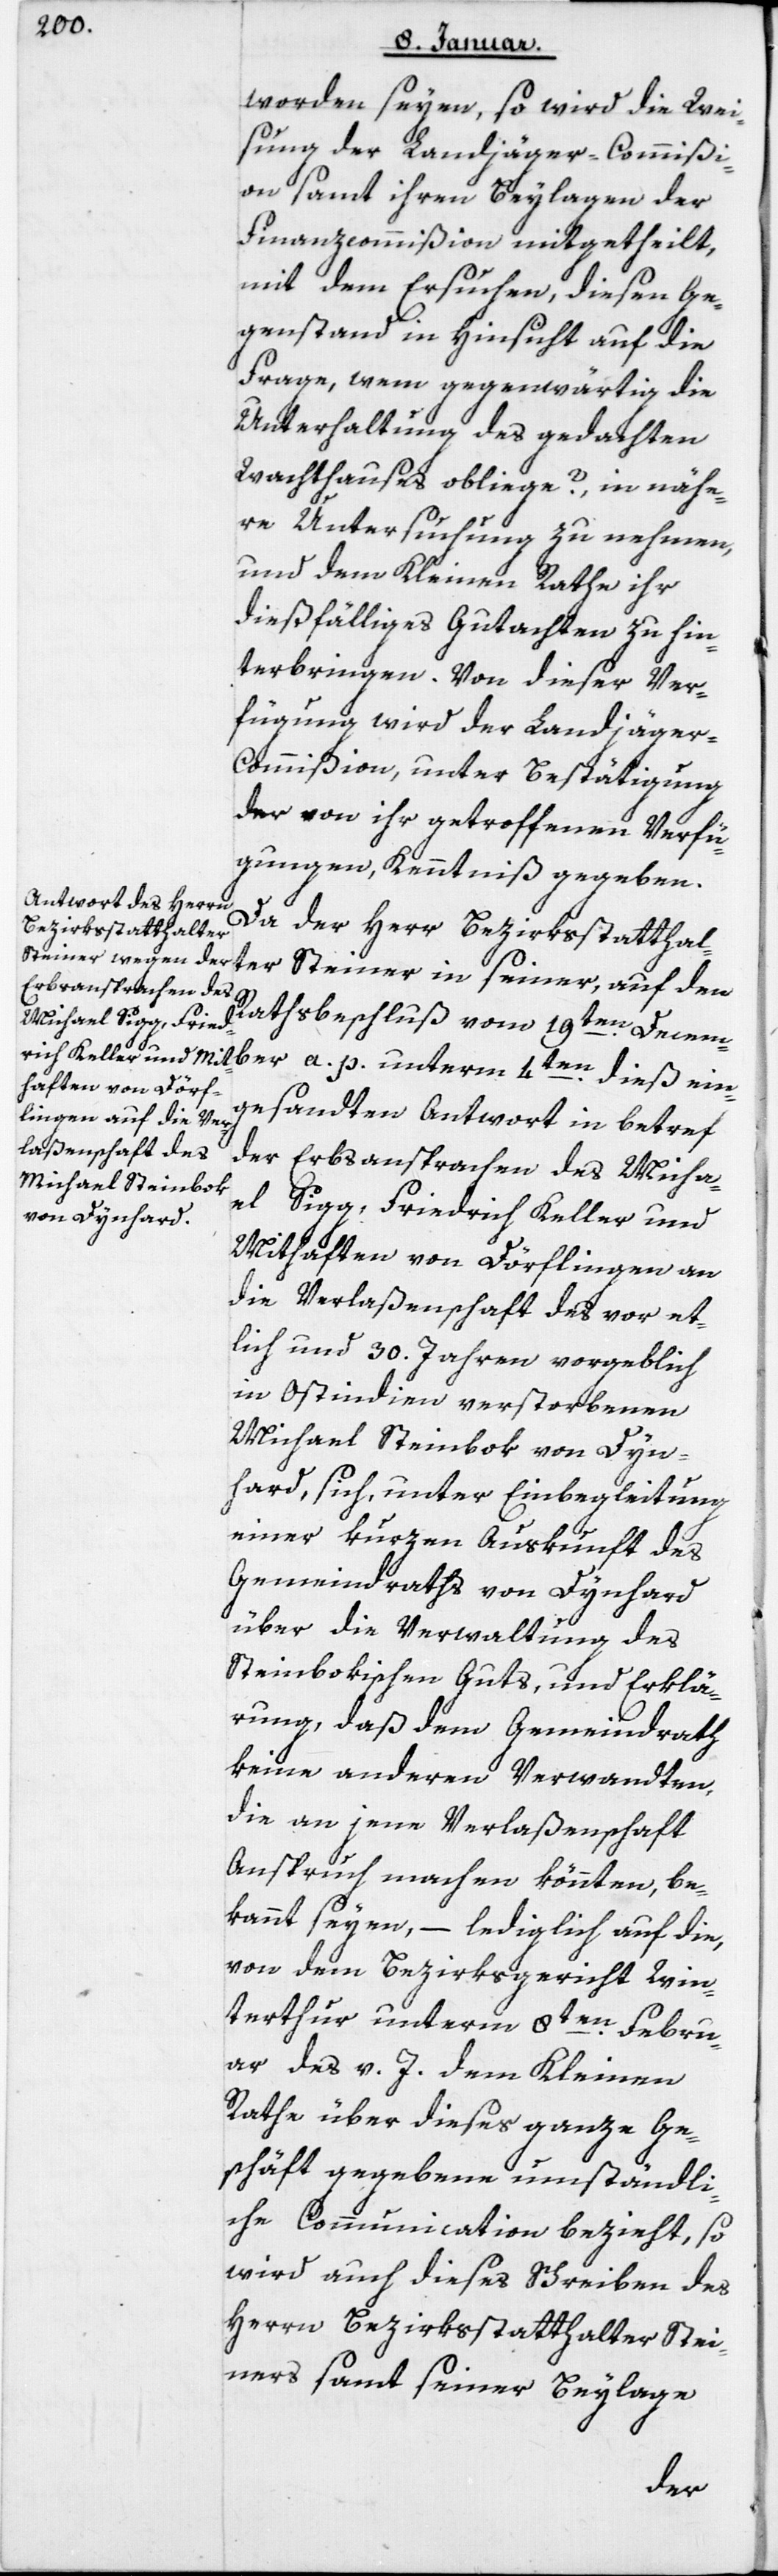
worden seyen, so wird die Wei¬
sung der Landjäger-Commißi¬
on samt ihren Beylagen der
Finanzcommißion mitgetheilt,
mit dem Ersuchen, diesen Ge¬
genstand in Hinsicht auf die
Frage, wem gegenwärtig die
Unterhaltung des gedachten
Wachthauses obliege?, in nähe¬
re Untersuchung zu nehmen,
und dem Kleinen Rathe ihr
desfälliges Gutachten zu hin¬
terbringen. Von dieser Ver¬
fügung wird der Landjäge¬
r-Commißion, unter Bestätigung
der von ihr getroffenen Verfü¬
gungen, Kenntniß gegeben.
Da der Herr Bezirksstatthal¬
ter Steiner in seiner, auf den
Rathsbeschluß vom 19ten Decem¬
ber a. p. unterm 4ten dieß ein¬
gesandten Antwort in Betreff
der Erbsansprachen des Micha¬
el Sigg, Friedrich Keller und
Mithaften von Dörflingen, an
die Verlaßenschaft des vor et¬
lich und 30 Jahren vorgeblich
in Ostindien verstorbenen
Michael Steinbok von Din¬
hard, sich, unter Einbegleitung
einer kurzen Auskunft des
Gemeindraths von Dynhard
über die Verwaltung des
Steinbokischen Guts, und Erklä¬
rung, daß dem Gemeindrath
keine anderen Verwandten,
die an jene Verlaßenschaft
Anspruch machen könnten, be¬
kannt seyen, – lediglich auf die,
von dem Bezirksgericht Win¬
terthur unterm 8ten Febru¬
ar des v. J. dem Kleinen
Rathe über dieses ganze Ge¬
schäft gegebene umständli¬
che Communication bezieht, so
wird auch dieses Schreiben des
Herrn Bezirksstatthalter Stei¬
ners samt seiner Beylage